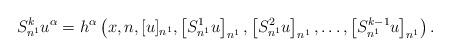
LaTeX: \begin{align*}S_{n^1}^{k}u^{\alpha}=h^{\alpha}\left(x,n,[u]_{n^1},\left[S_{n^1}^{1}u\right]_{n^1},\left[S_{n^1}^{2}u\right]_{n^1},\ldots,\left[S_{n^1}^{k-1}u\right]_{n^1}\right).\end{align*}